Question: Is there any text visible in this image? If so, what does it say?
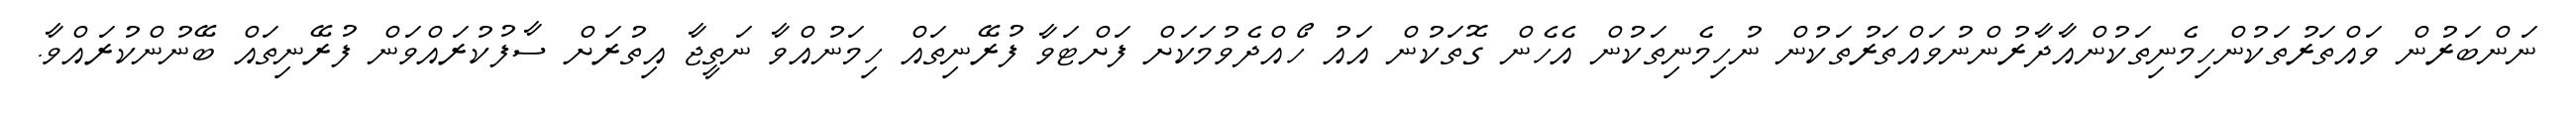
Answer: ނަންބަރުން ވައްތަރުތަކުންހިމެނިތަކުންއާދާރުންނުވައްތަރުތަކުން ނުހިމެނިތަކުން އެހެން ގޮތަކުން އައު ހޯއްދެވުމަކަށް ފަށްޓަވާ ފުރޭނިތައް ހިމަނުއްވާ ނަތީޖާ އިތުރަށް ސާފުކުރައްވަން ފުރޭނިތައް ބޭނުންކުރައްވާ.